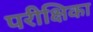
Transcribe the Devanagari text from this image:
परीक्षिका